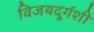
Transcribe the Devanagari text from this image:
विजयदुर्गशी